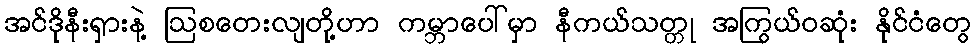
အင်ဒိုနီးရှားနဲ့ ဩစတေးလျတို့ဟာ ကမ္ဘာပေါ်မှာ နီကယ်သတ္တု အကြွယ်ဝဆုံး နိုင်ငံတွေ